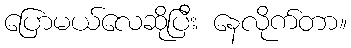
ပြောမယ်လေဆိုပြီး နေလိုက်တာ။